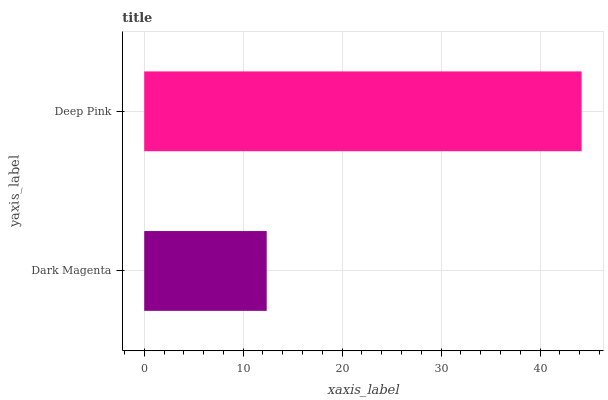
| yaxis_label | bars |
 | --- | --- |
 | Dark Magenta | 12.4 |
 | Deep Pink | 44.2 |